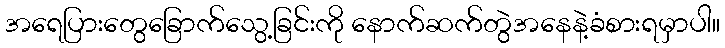
အရေပြားတွေခြောက်သွေ့ခြင်းကို နောက်ဆက်တွဲအနေနဲ့ခံစားရမှာပါ။